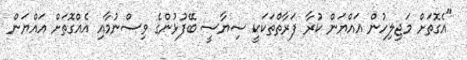
"އެގޮތަށް މަޖިލިހުން އައްޔަން ކުރާ ފަރާތްތަކަކީ ސިޔާސީ ބޭފުޅުންގެ ވިސްނުމާއި އެއްގޮތަށް އައްޔަން